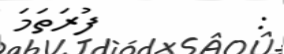
:         ފުރަތަމަ